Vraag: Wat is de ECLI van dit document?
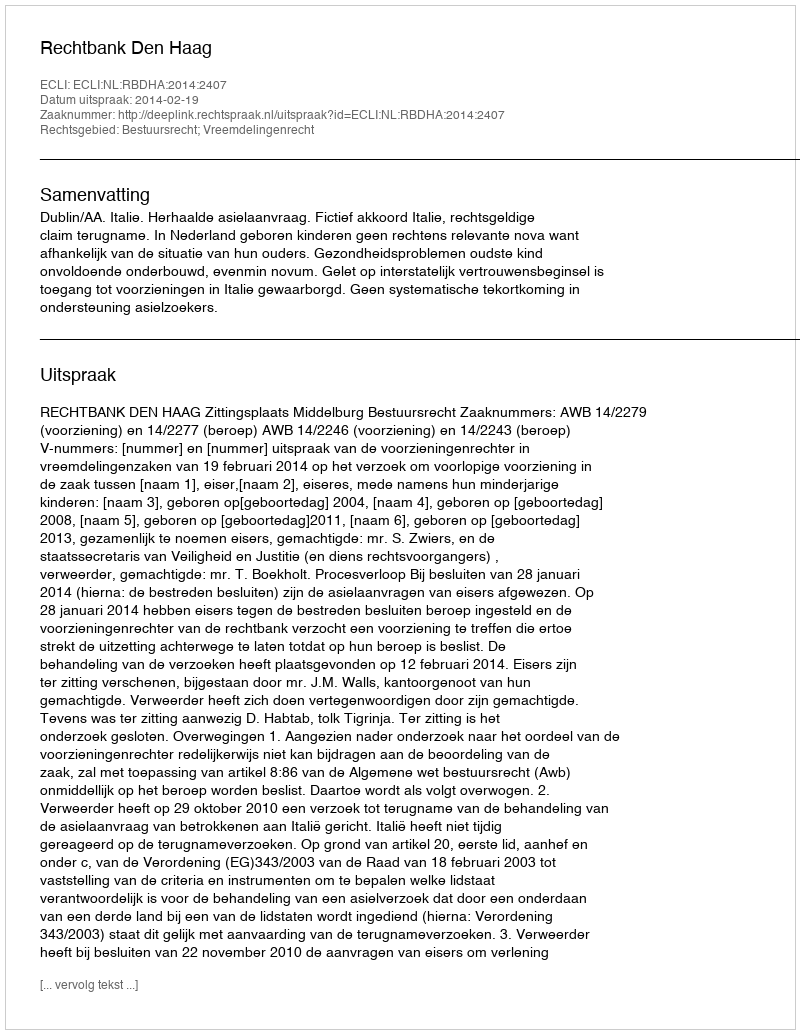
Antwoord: ECLI:NL:RBDHA:2014:2407